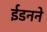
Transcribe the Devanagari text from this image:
ईडनने